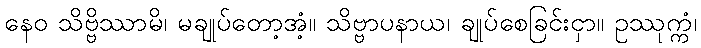
နေဝ သိဗ္ဗိဿာမိ၊ မချုပ်တော့အံ့။ သိဗ္ဗာပနာယ၊ ချုပ်စေခြင်းငှာ။ ဥဿုက္ကံ၊